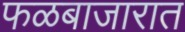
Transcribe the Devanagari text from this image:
फळबाजारात